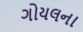
ગોયલના